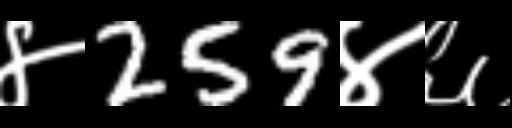
Text: ४259४६